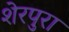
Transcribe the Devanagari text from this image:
शेरपुरा